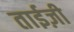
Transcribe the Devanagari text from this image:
ताईज़ी